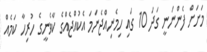
މަށަށް ފެންނަނީ ގަދަ 10 ގައި ހިމެނިއްޖެނަމަ އެކުއްޖެއްގެ ކާވެނީގެ ހުރިހާ ކަމެއް